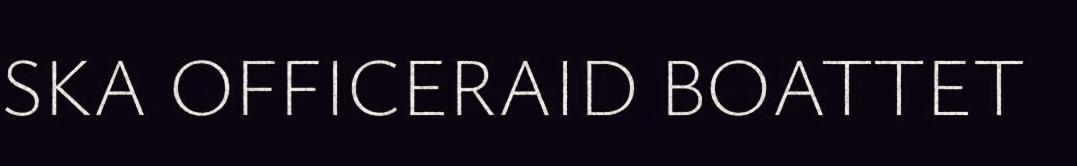
SKA OFFICERAID BOATTET